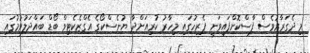
މި ދެގަރާރުވެސް ފާސްކޮށްފައިވަނީ ޕެރިހުގައި މިހާރު ކުރިއަށްދާ ޔުނެސްކޯގެ އެގްޒެކެޓިވް ބޯޑް ބައްދަލުވުމުގައި